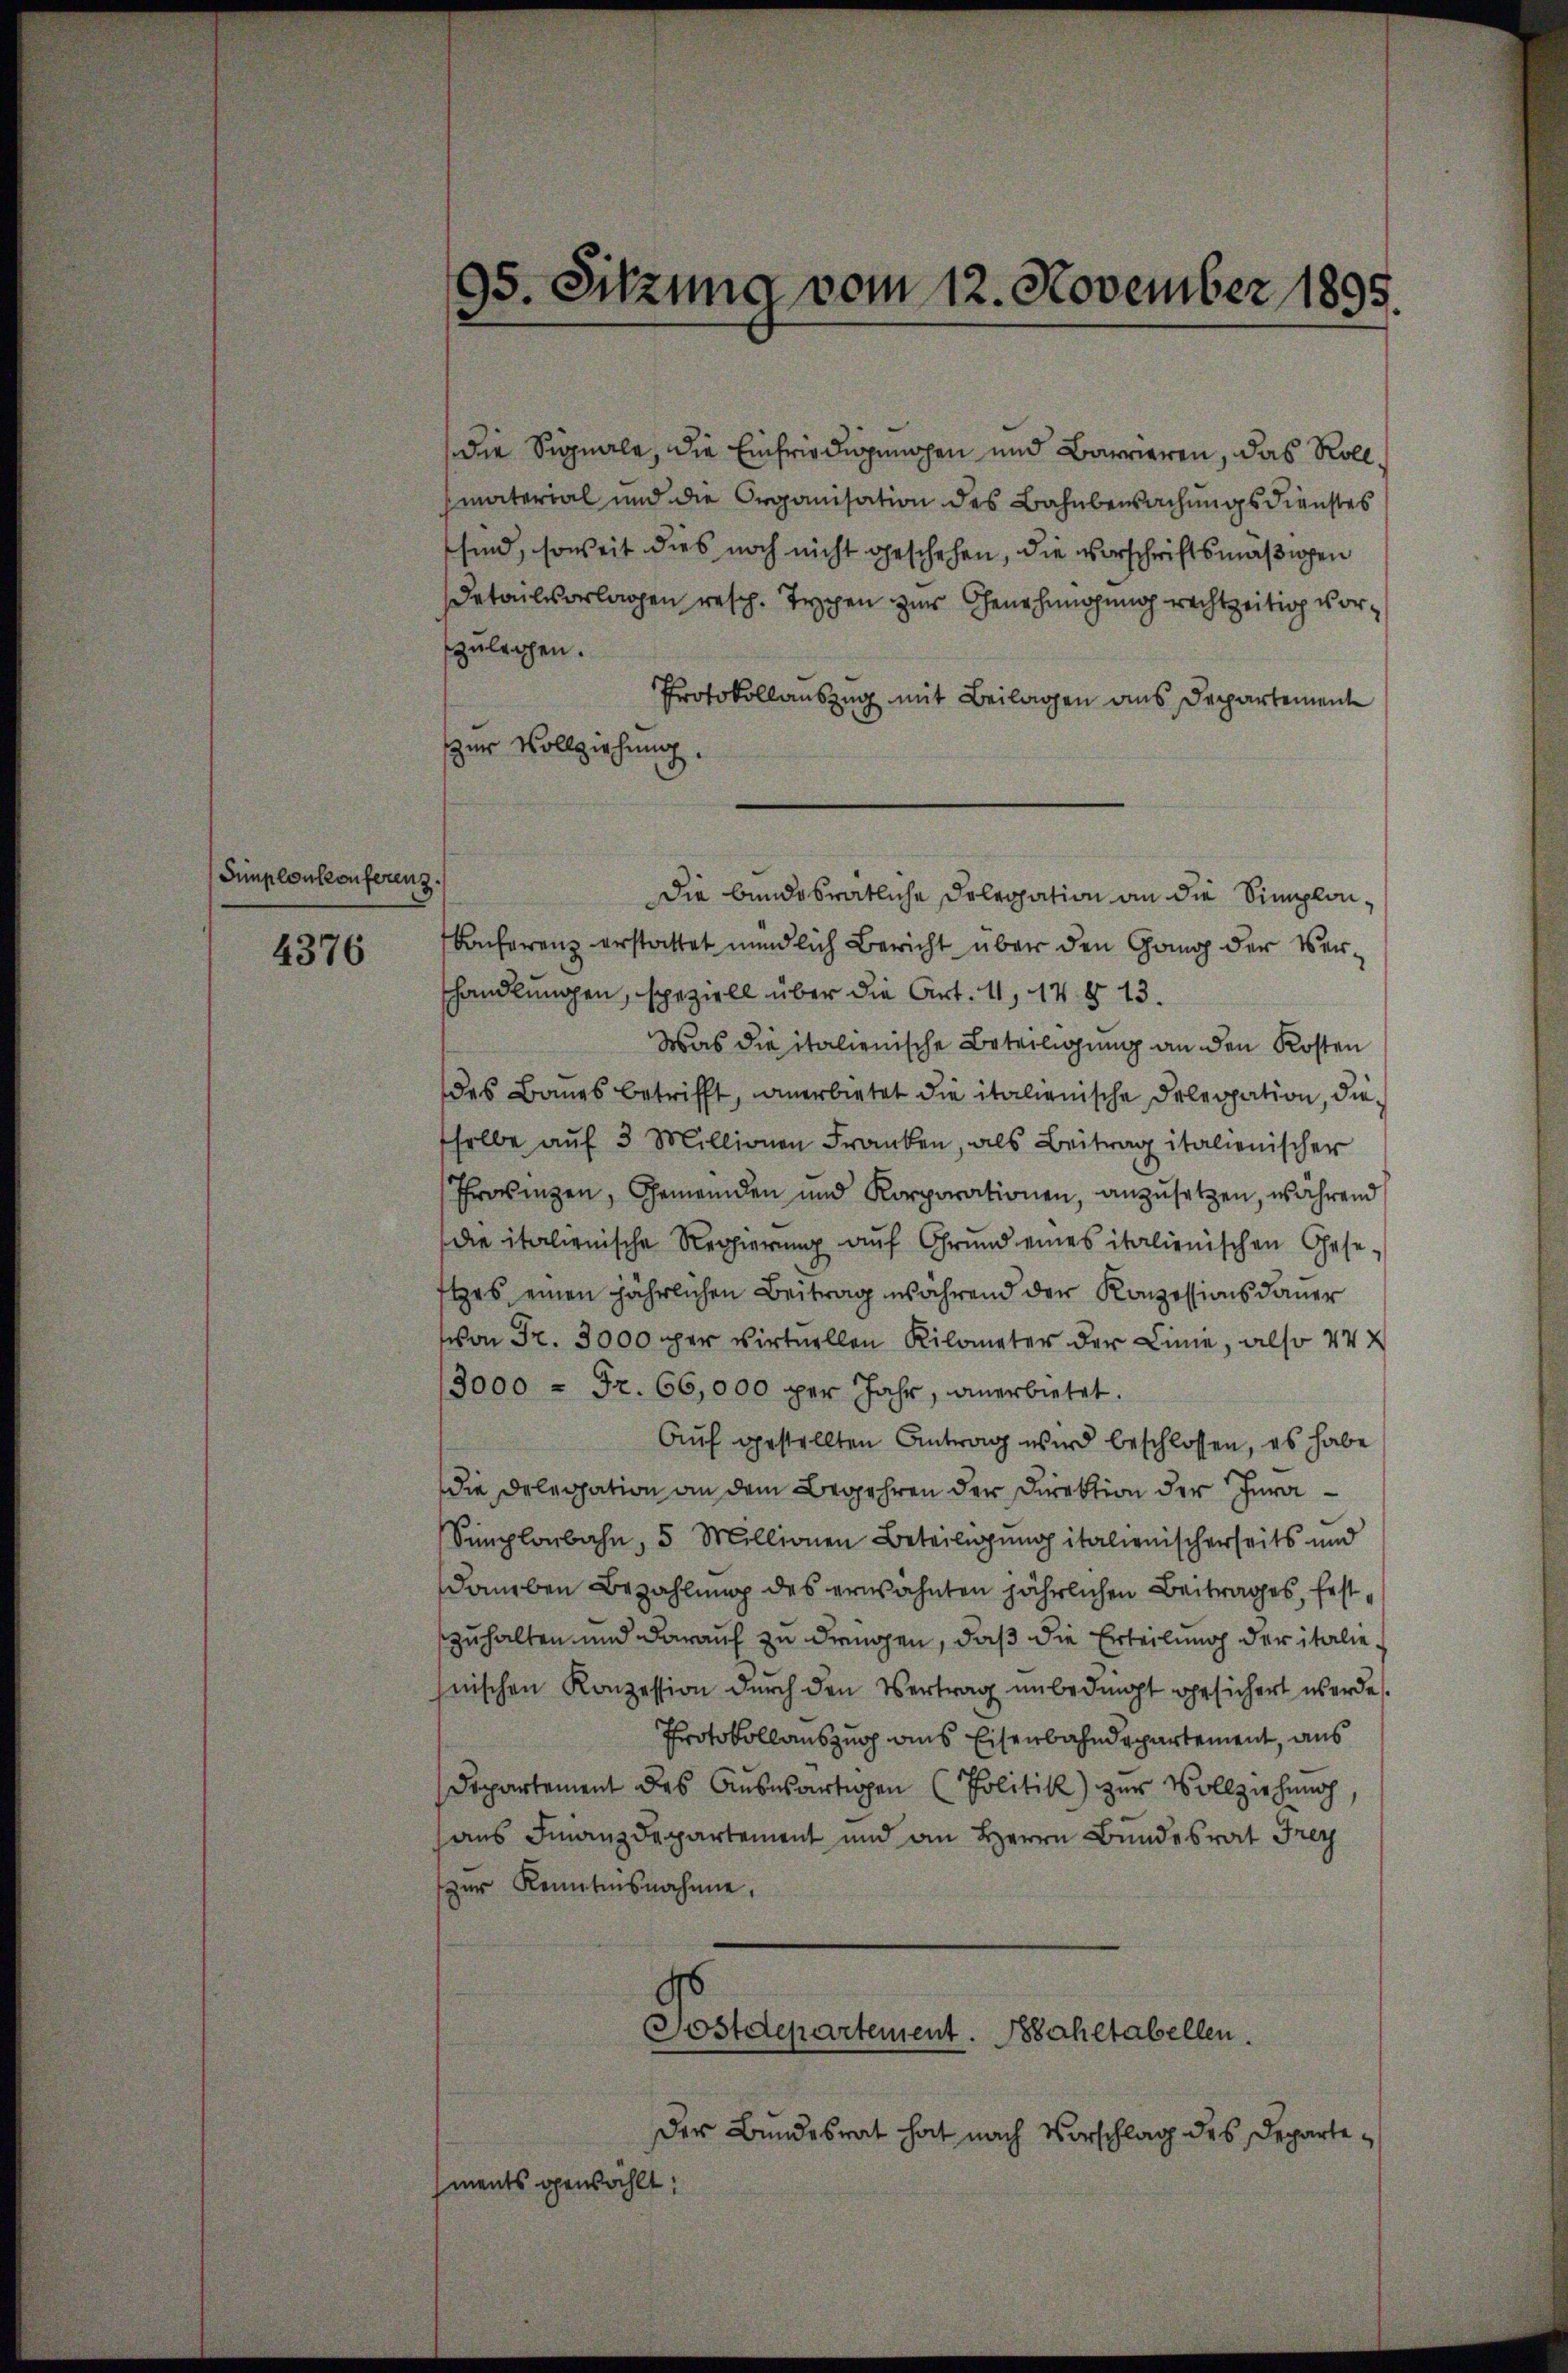
Simplonkonferenz.

4376

95. Sitzung vom 12. November 1895.

die Signale, die Einfriedigungen und Barrieren, das Roll,
material und die Organisation des Bahnbewachungsdienstes
sind, soweit dies noch nicht geschehen, die vorschriftsmäßigen
Detailvorlagen resch. Typen zur Genehmigung rechtzeitig vorzulegen.
Protokollauszug mit Beilagen aus Departement
zur Vollziehung.
Die bundesrätliche Dolegation an die Simploi¬
Conferenz erstattet mündlich Bericht über den Gang der Vershandlungen, speziell über die Art. 11, 14 § 13.
Was die italienische Beteiligung an den Kosten
des Baues betrifft, anerbietet die italienische Delegation, dieselbe auf 3 Millionen Franken, als Beitrag italienischer
Provinzen, Gemeinden und Korporationen, anzusetzen, während
die italienische Regierung auf Grund eines italienischen Geseiges einen jährlichen Beitrag während der Konzessionsdauer
von Fr. 3000 per virtuellen Kilometer der Linie, also 44 x
3000 = Fr. 66,000 per Jahr, anerbietet.
Aŭf gestellten Antrag wird beschlossen, es habe
die Delegation an dem Begehren der Direktion der Jura¬
Simplonbahn, 5 Millionen Beteiligung italienischerseits und
damben Bezahlung des erwähnten jährlichen Beitrages, festzuhalten und darauf zu dringen, daß die Erteilung der italie
hnischen Konzession durch den Vertrag unbedingt gesichert werde
Protokollauszug aus Eisenbahndepartement, aus
Departement des Auswärtigen (Politik) zur Vollziehung
aus Finanzdepartement und an Herrn Bundesrat Frey
zur Kenntnisnahme,
d
Sostdepartement. Bahltabellen.
Der Bundesrat hat nach Vorschlag des Departements gewählt: